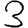
Digit: 3